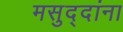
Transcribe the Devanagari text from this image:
मसुद्दांना